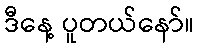
ဒီနေ့ ပူတယ်နော်။